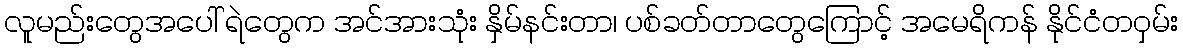
လူမည်းတွေအပေါ် ရဲတွေက အင်အားသုံး နှိမ်နင်းတာ၊ ပစ်ခတ်တာတွေကြောင့် အမေရိကန် နိုင်ငံတဝှမ်း